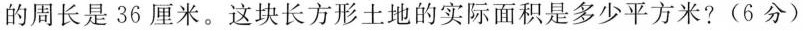
的周长是36厘米。这块长方形土地的实际面积是多少平方米?(6分)